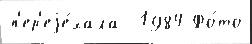
п'ер'еjе́хала  1984 Фо́то